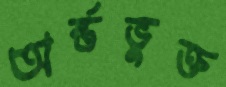
অর্ন্তভুক্ত